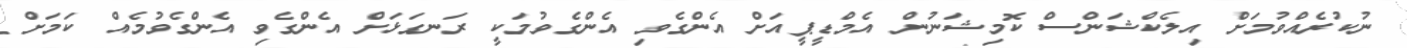
ނުކުރެއްވުމަށް އިލެކްޝަންސް ކޮމިޝަނުން އެމްޑީޕީއަށް އެންގެވި އެންގެވުމަކީ ރަނގަޅަށް އެންގެވި އެންގެވުމެއް ކަމަށް